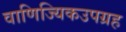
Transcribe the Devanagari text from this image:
वाणिज्यिकउपग्रह